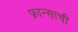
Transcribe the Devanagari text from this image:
फ्रान्साची